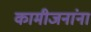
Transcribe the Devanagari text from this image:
कामीजनांना